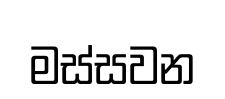
මස්සවන